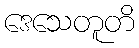
ဒေသေတူတိ